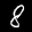
Label: 8